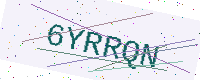
Text: 6YRRQN